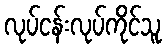
လုပ်ငန်းလုပ်ကိုင်သူ